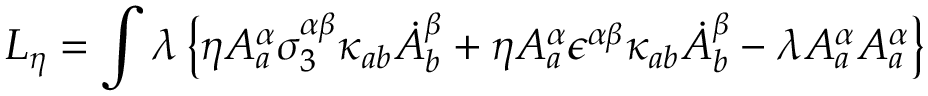
L _ { \eta } = \int \lambda \left\{ \eta A _ { a } ^ { \alpha } \sigma _ { 3 } ^ { \alpha \beta } \kappa _ { a b } \dot { A } _ { b } ^ { \beta } + \eta A _ { a } ^ { \alpha } \epsilon ^ { \alpha \beta } \kappa _ { a b } \dot { A } _ { b } ^ { \beta } - \lambda A _ { a } ^ { \alpha } A _ { a } ^ { \alpha } \right\}